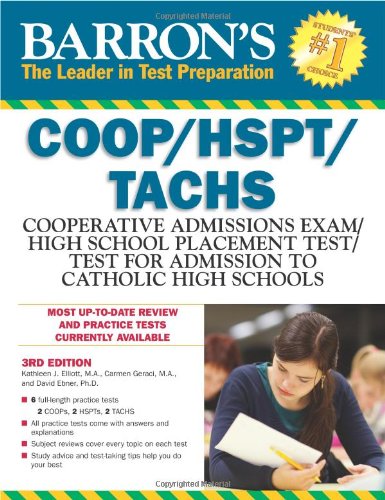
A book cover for Barron's COOP/HSPT/TACHS, 3rd Edition; Kathleen Elliott  M.A.; Test Preparation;